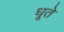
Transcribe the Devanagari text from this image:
धूते